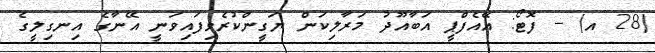
(28 އ) -- ފޮޓޯ: އޭއެފްޕީ އަބާއޫދު މަރާލިކަން ޔަގީންކުރެވިފައިވަނީ އޭނާގެ އިނގިލީގެ